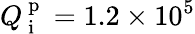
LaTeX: Q_{\mathrm{~i~}}^{\mathrm{~p~}}=1.2\times 10^{5}